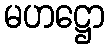
မဟဋ္ဌော